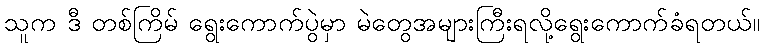
သူက ဒီ တစ်ကြိမ် ရွေးကောက်ပွဲမှာ မဲတွေအများကြီးရလို့ရွေးကောက်ခံရတယ်။